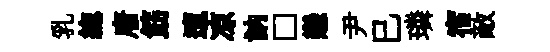
乳緫唐筯邅凉訥□戀尹巳璘宿敵